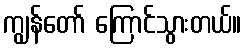
ကျွန်တော် ကြောင်သွားတယ်။